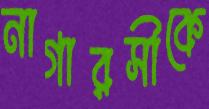
নাগারসীকে